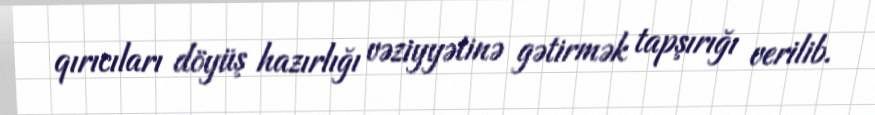
qırıcıları döyüş hazırlığı vəziyyətinə gətirmək tapşırığı verilib.